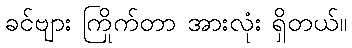
ခင်ဗျား ကြိုက်တာ အားလုံး ရှိတယ်။